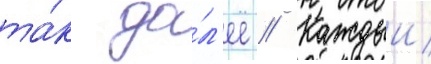
та́к да́л'ее // Каждыи